Document type: Inventory
Year: 1295
Scribe: Pere Marc
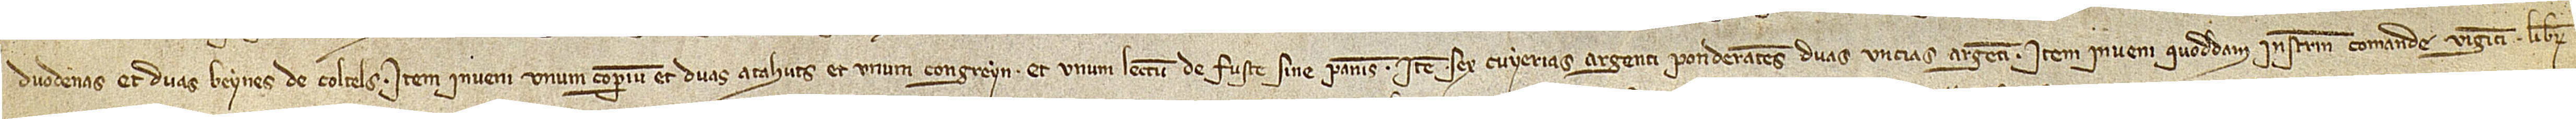
duodenas et duas beynes de coltels. Item, inveni unum coperium, et duas atahuts, et unum congreyn, et unum lectum de fuste sine pannis; item, sex cuyerias argenti ponderantes duas uncias argenti. Item, inveni quoddam instrumentum comande viginti librarum